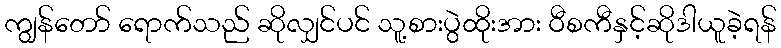
ကျွန်တော် ရောက်သည် ဆိုလျှင်ပင် သူ့စားပွဲထိုးအား ဝီစကီနှင့်ဆိုဒါယူခဲ့ရန်